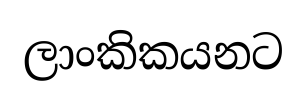
ලාංකිකයනට